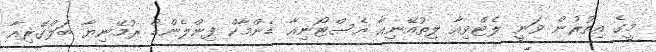
މީގެ އިތުރުން ވަނީ ލެޓްވިއާ ލިތުއޭނިއާ އެސްޓޯނިއާ ޑެންމާކް ފިންލެންޑް ރުމޭނިޔާ ބަލްގޭރިއާ